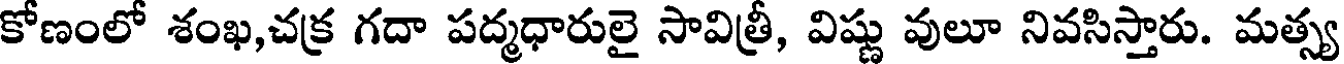
కోణంలో శంఖ,చక్ర గదా పద్మధారులై సావిత్రీ, విష్ణు వులూ నివసిస్తారు. మత్స్య